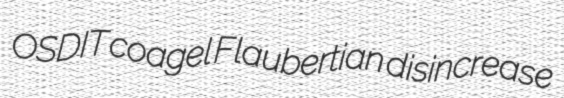
OSDIT coagel Flaubertian disincrease